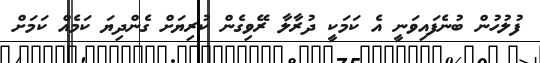
ފުލުހުން ބުނެފައިވަނީ އެ ކަމަކީ ދުރާލާ ރޭވިގެން ކުރިޔަށް ގެންދިޔަ ކަމެއް ކަމަށް